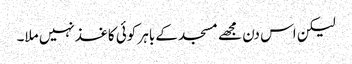
لیکن اس دن مجھے مسجد کے باہر کوئی کاغذ نہیں ملا۔